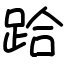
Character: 跲